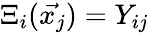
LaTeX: \Xi_{i}(\vec{x_{j}})=Y_{ij}